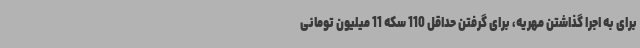
برای به اجرا گذاشتن مهریه، برای گرفتن حداقل 110 سکه 11 میلیون تومانی